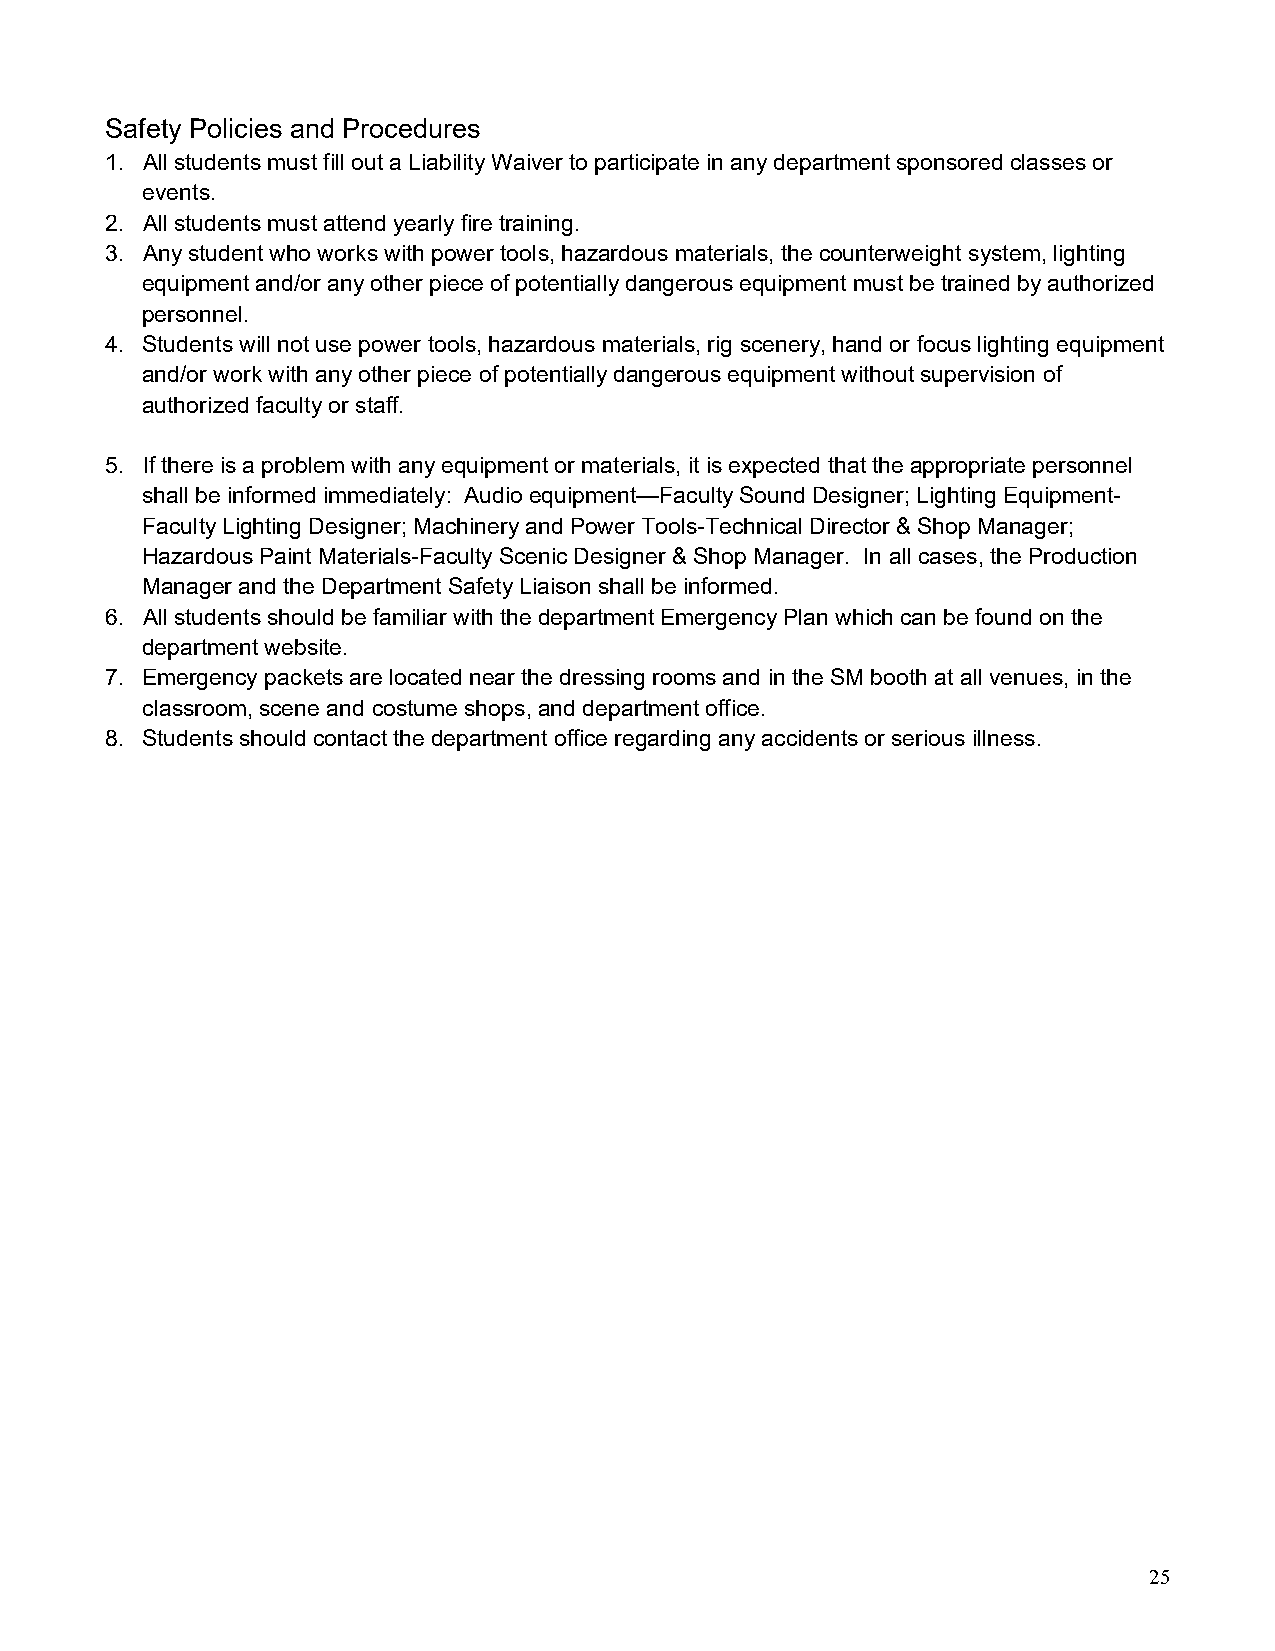
Safety Policies and Procedures
 1. All students must fill out a Liability Waiver to participate in any department sponsored classes or
 events.
 2. All students must attend yearly fire training.
 3. Any student who works with power tools, hazardous materials, the counterweight system, lighting
 equipment and/or any other piece of potentially dangerous equipment must be trained by authorized
 personnel.
 4. Students will not use power tools, hazardous materials, rig scenery, hand or focus lighting equipment
 and/or work with any other piece of potentially dangerous equipment without supervision of
 authorized faculty or staff.
 5. If there is a problem with any equipment or materials, it is expected that the appropriate personnel
 shall be informed immediately: Audio equipment—Faculty Sound Designer; Lighting Equipment-
 Faculty Lighting Designer; Machinery and Power Tools-Technical Director & Shop Manager;
 Hazardous Paint Materials-Faculty Scenic Designer & Shop Manager. In all cases, the Production
 Manager and the Department Safety Liaison shall be informed.
 6. All students should be familiar with the department Emergency Plan which can be found on the
 department website.
 7. Emergency packets are located near the dressing rooms and in the SM booth at all venues, in the
 classroom, scene and costume shops, and department office.
 8. Students should contact the department office regarding any accidents or serious illness.
 25